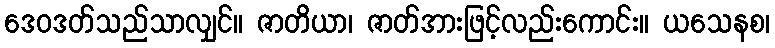
ဒေဝဒတ်သည်သာလျှင်။ ဇာတိယာ၊ ဇာတ်အားဖြင့်လည်းကောင်း။ ယသေနစ၊